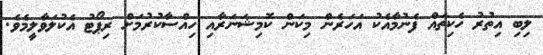
ލިބި އިތުރު ހެކިތައް ފެނުމާއެކު އަހަރެން މިކަން ކޮމިޝަނަރާއި ހިއްސާކުރުމަށް ރިޕޯޓު އެކުލަވާލީމެވެ.